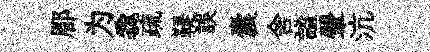
郿为毳疏鞮誤囊舍謐翬沆